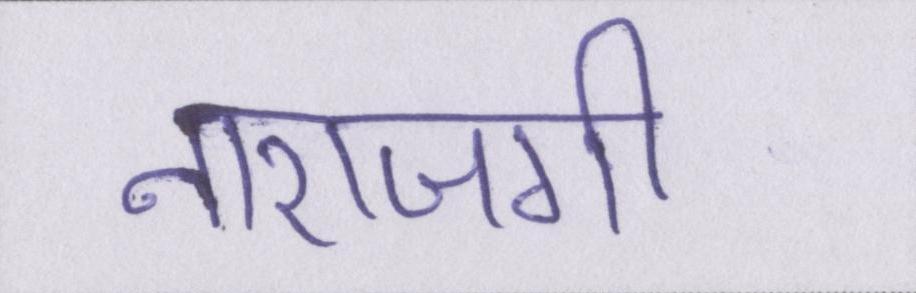
नाराजगी